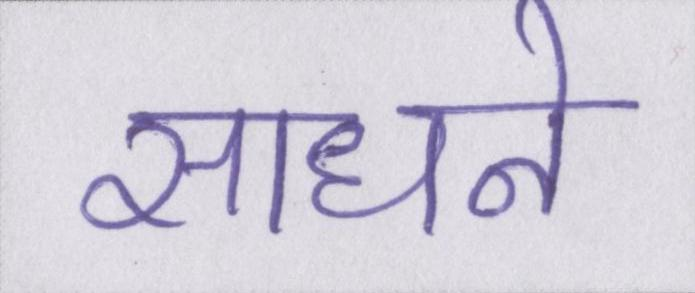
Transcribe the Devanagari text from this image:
साधने